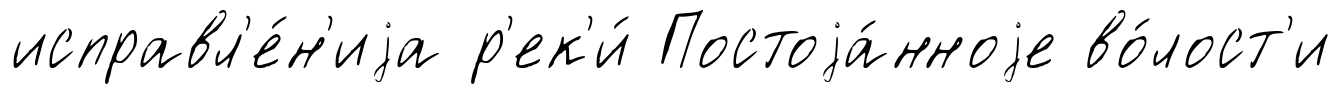
исправл'е́н'иjа р'ек'и́ Постоjа́нноjе во́лост'и